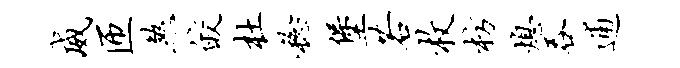
威匝煞皎杜稔堡若枚枋熄吞逋